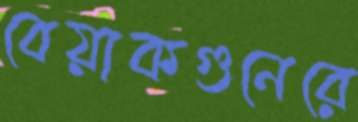
বেয়াকগুনেরে